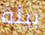
بيئة